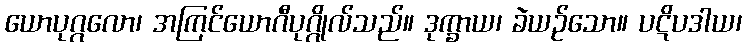
ယောပုဂ္ဂလော၊ အကြင်ယောဂီပုဂ္ဂိုလ်သည်။ ဒုက္ခာယ၊ ခဲယဉ်သော။ ပဋိပဒါယ၊